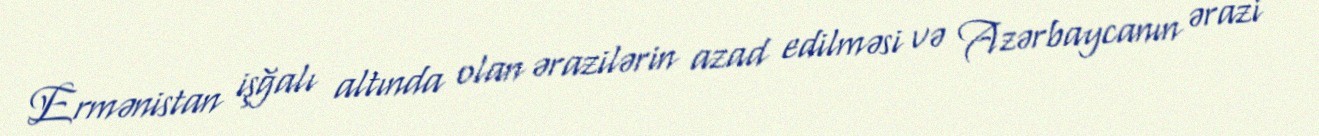
Ermənistan işğalı altında olan ərazilərin azad edilməsi və Azərbaycanın ərazi